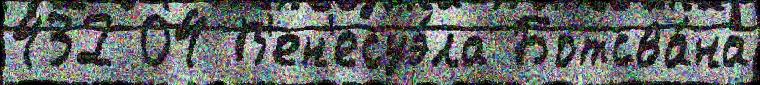
432 04 В'ен'есуэ́ла Ботсва́на